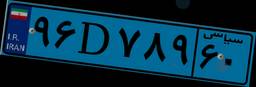
۹۶D۷۸۹۶۰